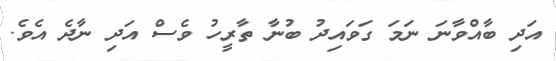
އަދި ބާއްވާނަ ނަމަ ގަވައިދު ބުނާ ތާރީހު ވެސް އަދި ނާދެ އެވެ.